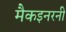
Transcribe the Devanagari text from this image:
मैकइनरनी